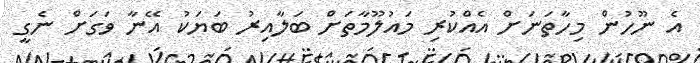
އެ ނޫހުން މިހާތަނަށް އެއްކުރި މައުލޫމާތަށް ބަލާއިރު ބަޔަކު އޭނާ ވަގަށް ނެގީ